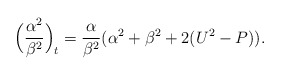
\begin{align*} \Big(\frac{\alpha^2}{\beta^2}\Big)_t=\frac{\alpha}{\beta^2}(\alpha^2+\beta^2+2(U^2-P)).\end{align*}